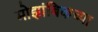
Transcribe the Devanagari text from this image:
मोझांबिकच्या